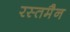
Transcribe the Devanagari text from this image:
रस्तमैन